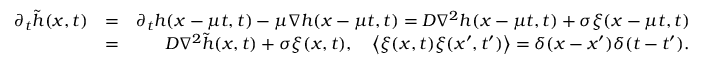
\begin{array} { r l r } { \partial _ { t } \tilde { h } ( x , t ) } & { = } & { \partial _ { t } h ( x - \mu t , t ) - \mu \nabla h ( x - \mu t , t ) = D \nabla ^ { 2 } h ( x - \mu t , t ) + \sigma \xi ( x - \mu t , t ) } \\ & { = } & { D \nabla ^ { 2 } \tilde { h } ( x , t ) + \sigma { \xi } ( x , t ) , \quad \left< \xi ( x , t ) \xi ( x ^ { \prime } , t ^ { \prime } ) \right> = \delta ( x - x ^ { \prime } ) \delta ( t - t ^ { \prime } ) . } \end{array}